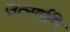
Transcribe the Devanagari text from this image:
उत्सर्पणि